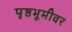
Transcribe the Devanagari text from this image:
पृष्ठभूमीवर